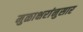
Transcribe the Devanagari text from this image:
मुळाक्षरांनुसार